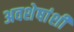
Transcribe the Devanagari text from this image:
अवशेषांशी